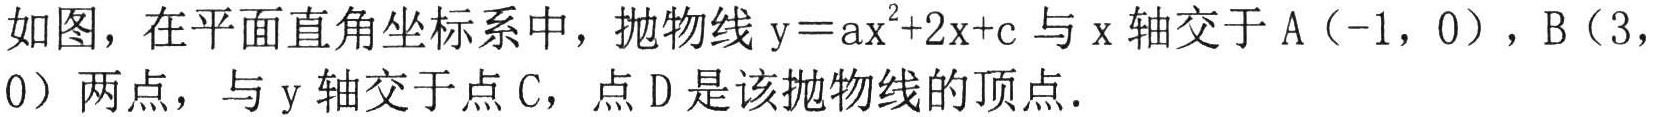
如图，在平面直角坐标系中，抛物线$\mathrm{y}=\mathrm{a}\mathrm{x}^{2}+2\mathrm{x}+\mathrm{c}$与$\mathrm{x}$轴交于$\mathrm{A}(-1,0)$，$\mathrm{B}(3,0)$两点，与$\mathrm{y}$轴交于点$\mathrm{C}$，点$\mathrm{D}$是该抛物线的顶点．